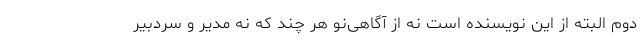
دوم البته از این نویسنده است نه از آگاهی‌نو هر چند که نه مدیر و سردبیر